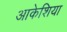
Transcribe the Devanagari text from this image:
आकेशिया